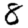
Digit: 8